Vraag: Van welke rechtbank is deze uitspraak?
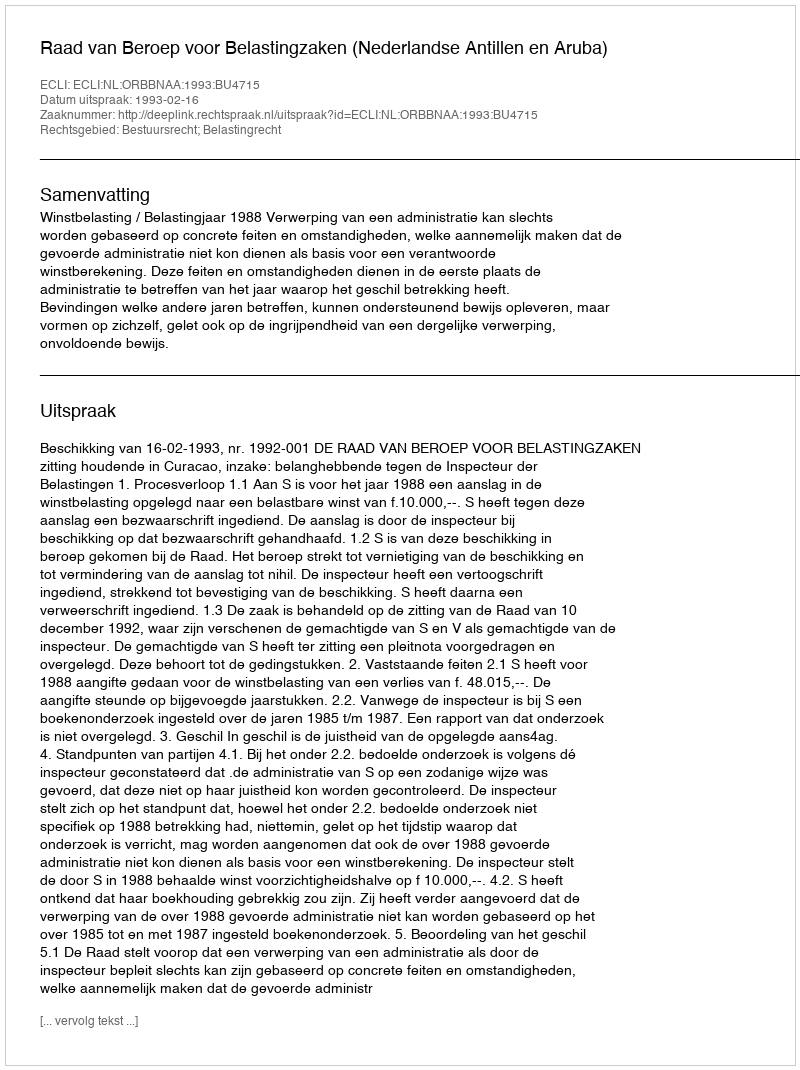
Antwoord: Raad van Beroep voor Belastingzaken (Nederlandse Antillen en Aruba)